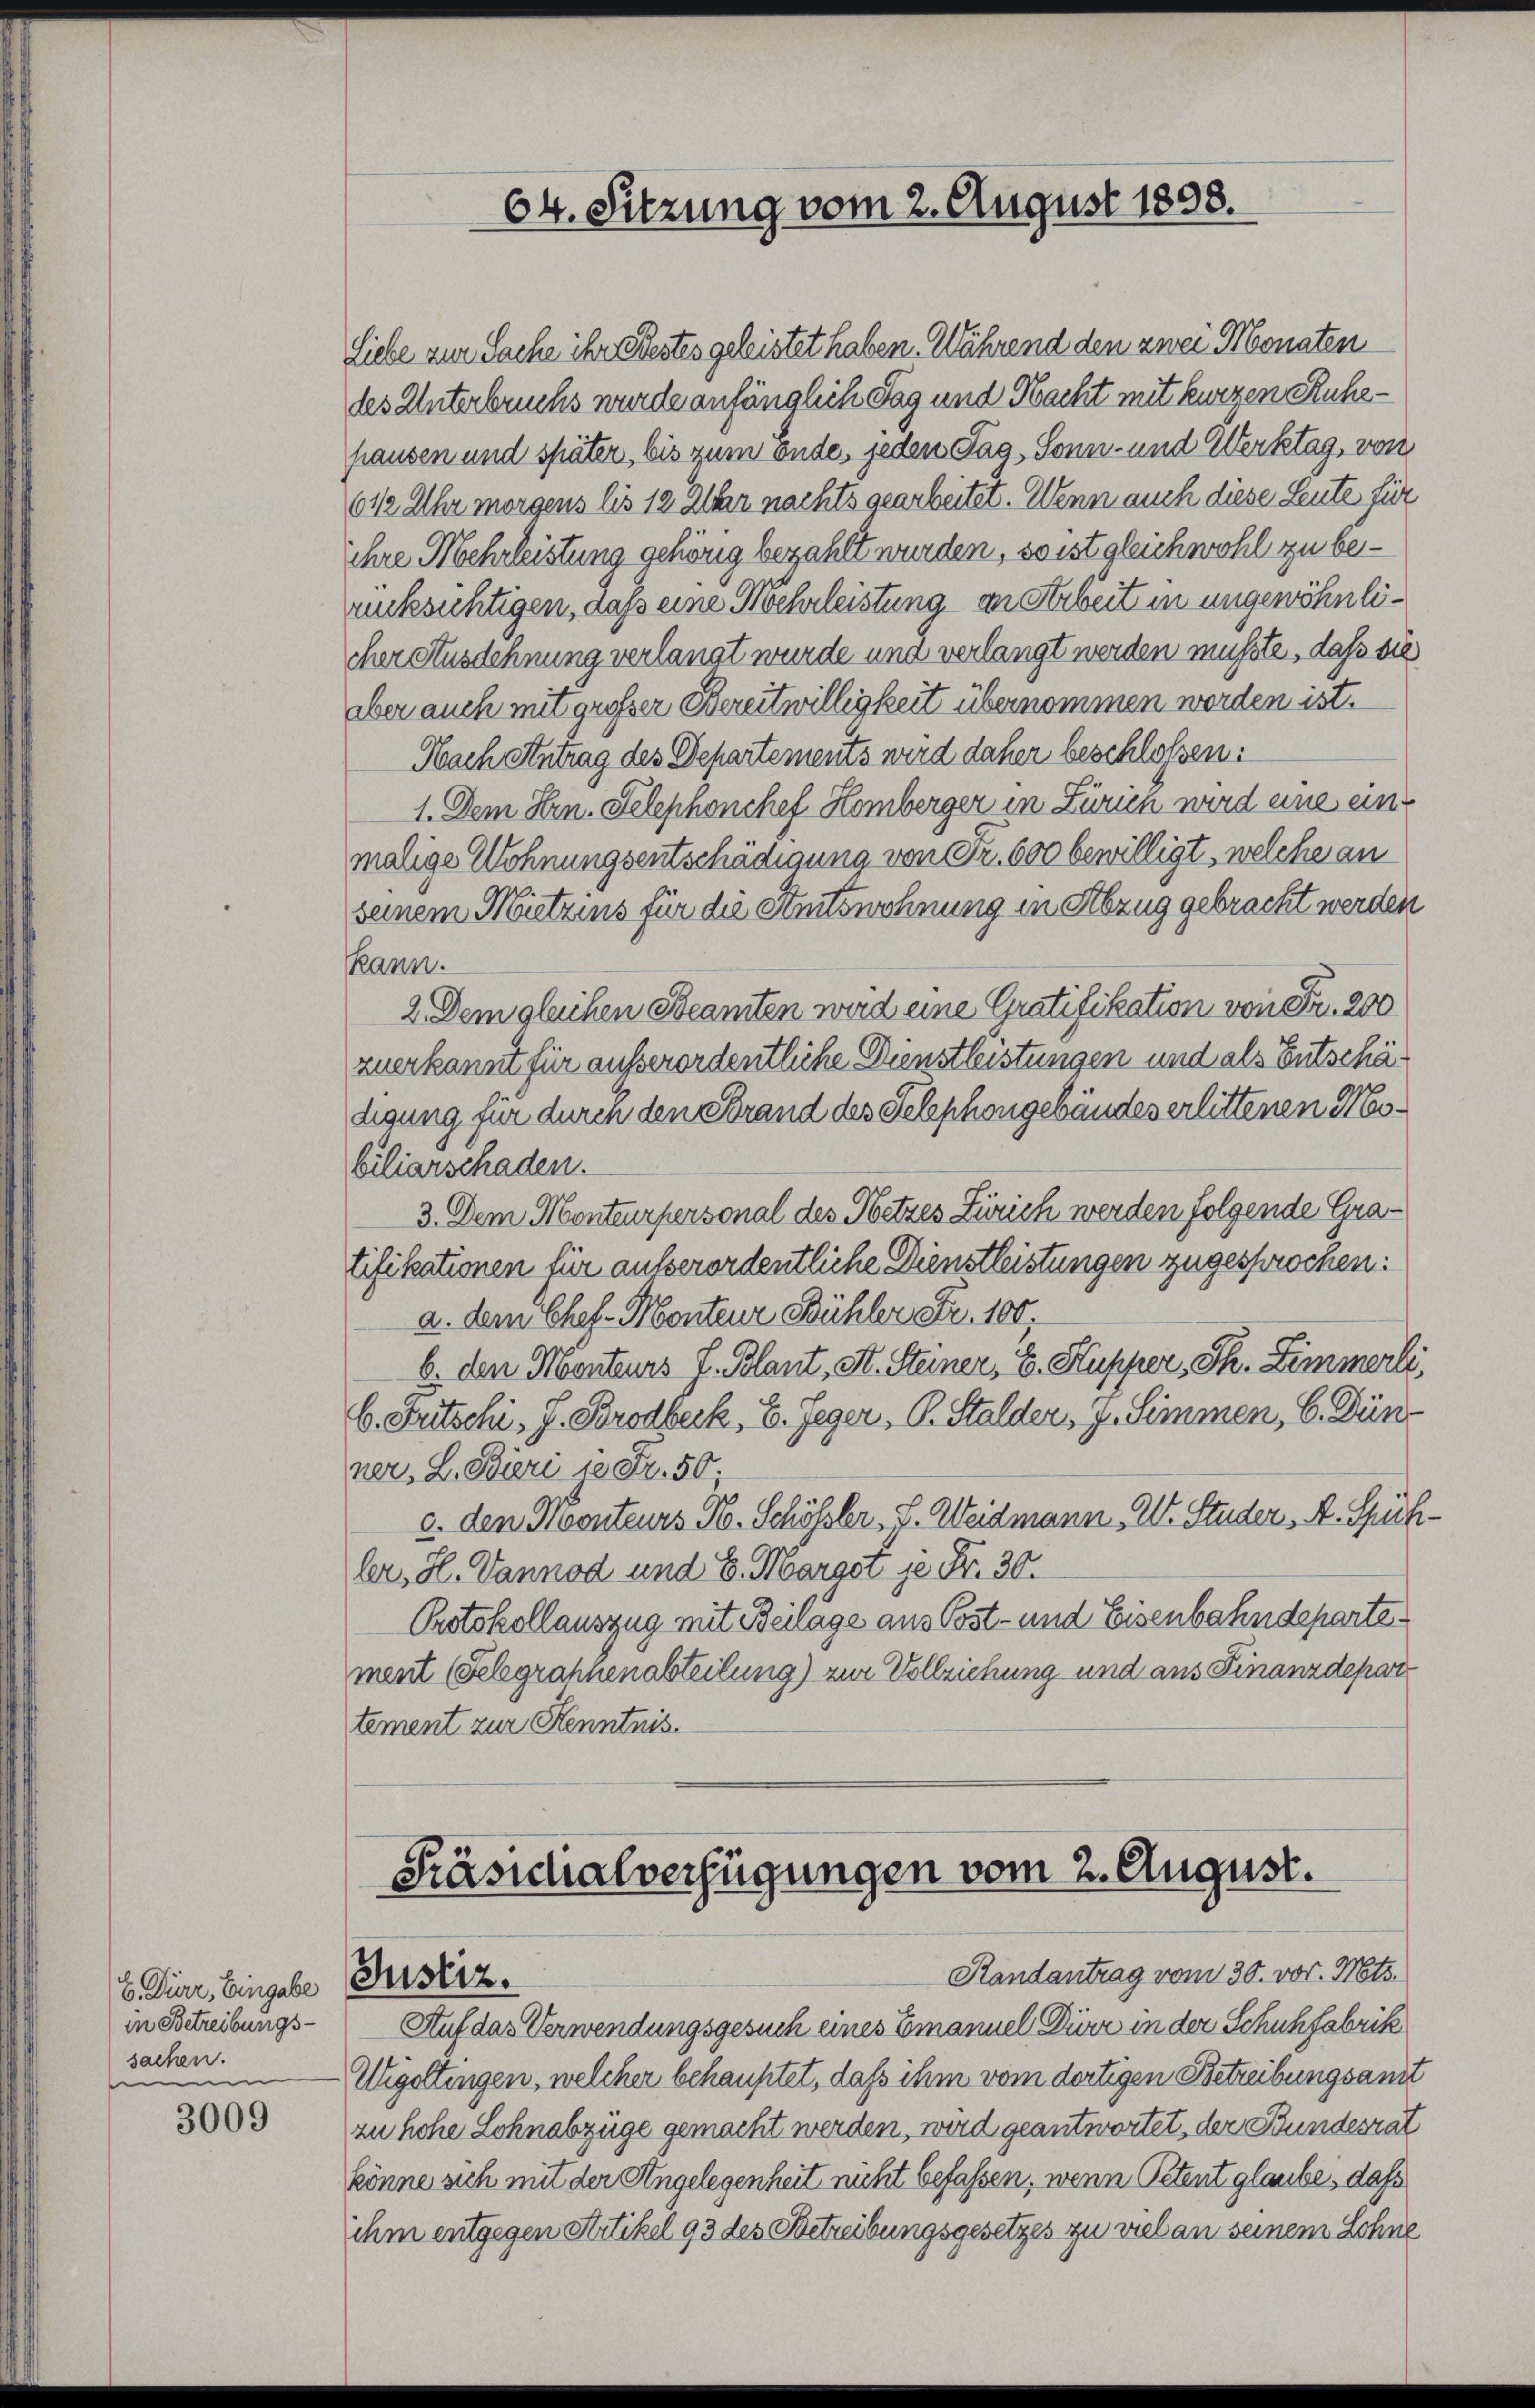
E. Diere, Eingabe Brustiz.
in Betreibungs-
sachen.
n

3009

64. Sitzung vom 2. August 1898.

Präsidialverfügungen vom 2. August.
Randantrag vom 30. vor. Mts.

Auf das Verwendungsgesuch eines Emanuel Dürr in der Schuhfabrik
Utigettingen, welcher behauptet, daß ihm vom dortigen Betreibungsamt
zu hohe Lohnabzüge gemacht werden, wird geantwortet, der Bundesrat
könne sich mit der Angelegenheit nicht befassen, wenn Petent glaube, daß
ihm entgegen Artikel 93 des Betreibungsgesetzes zu viel an seinem Lohne

Liebe zur Sache ihr Bestes geleistet haben. Während den zwei Monaten
des Unterbruchs wurde anfänglich Tag und Nacht mit kurzen Ruhehausen und später, bis zum Ende, jeden Tag, Sonn- und Werktag, von
61/2 Uhr morgens bis 12 Uhr nachts gearbeitet. Wenn auch diese Leute für
ihre Mehrleistung gehörig bezahlt wurden, so ist gleichwohl zu berüksichtigen, daß eine Mehrleistung an Arbeit in ungewöhnlicher Ausdehnung verlangt wurde und verlangt werden müsste, daß sie
aber auch mit grosser Bereitwilligkeit übernommen werden ist.
Nach Antrag des Departements wird daher beschlossen:
1. Dem Hrn. Telephonchef Homberger in Zürich wird eine eine
malige Wohnungsentschädigung von Fr. 600 bewilligt, welche an
seinem Mietzins für die Amtswohnung in Abzug gebracht werden
kann.
2. Dem gleichen Beamten wird eine Gratifikation von Fr. 200
zuerkannt für außerordentliche Dienstleistungen und als Entschädigung für durch den Brand des Telephongebäudes erlittenen Mobiliarschaden.
3. Dem Monteurpersonal des Hetzes Zürich werden folgende Gratifikationen für ausserordentliche Dienstleistungen zugesprochen:
a. dem Chef-Monteur Bühler Fr. 100;
b. den Monteurs L. Blaut, St. Steiner, E. Kupper, Th. Zimmerli,
b. Fritschi J. Brodbeck, E. Geger, P. Stalder, g. Simmen, 6. Dürr
ner, L. Bieri in Fr. 50;
c. den Monteurs H. Schössler, J. Weidmann W. Studer, A. Spühler, H. Vannod und E. Marget je Fr. 30.
Protokollauszug mit Beilage aus Post- und Eisenbahndepartemert (Felegraphenabteilung) zur Vollziehung und aus Finanzdepar
tement zur Kenntnis.